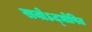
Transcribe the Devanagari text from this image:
सवोऽद्घोषित